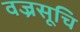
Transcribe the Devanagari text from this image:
वज्रसूचि